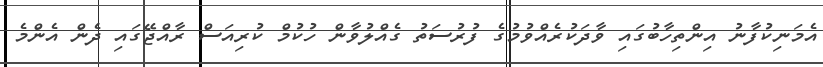
އެމަނިކުފާނު އިންތިހާބުގައި ވާދަކުރެއްވުމުގެ ފުރުސަތު ގެއްލުވާން ހުކުމް ކުރިއަސް ރާއްޖޭގައި ދެން އެންމެ